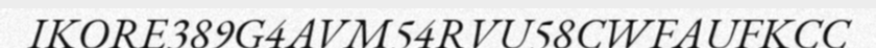
IKORE389G4AVM54RVU58CWFAUFKCC